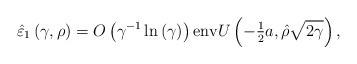
LaTeX: \begin{align*}\hat{{\varepsilon}}_{1}\left( {\gamma,\rho}\right) ={O}\left({\gamma^{-1}\ln\left( \gamma\right) }\right) {\operatorname{env}}U\left({-{\tfrac{1}{2}}a,\hat{{\rho}}\sqrt{2\gamma}}\right) , \end{align*}